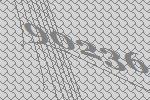
90236